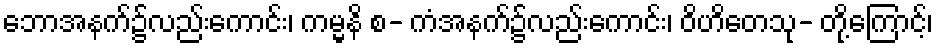
ဘောအနက်၌လည်းကောင်း၊ ကမ္မနိ စ- ကံအနက်၌လည်းကောင်း၊ ဝိဟိတေသု- တို့ကြောင့်၊